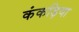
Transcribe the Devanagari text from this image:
कंकड़िया